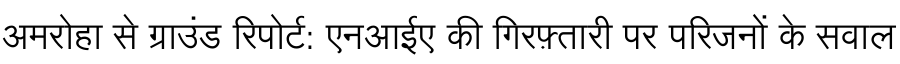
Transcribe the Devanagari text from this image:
अमरोहा से ग्राउंड रिपोर्ट: एनआईए की गिरफ़्तारी पर परिजनों के सवाल